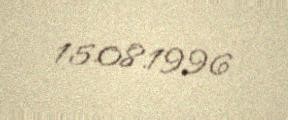
15.08.1996